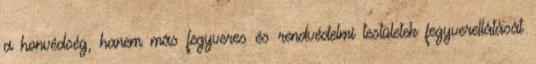
a honvédség, hanem más fegyveres és rendvédelmi testületek fegyverellátását